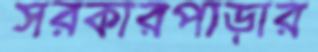
সরকারপাড়ার